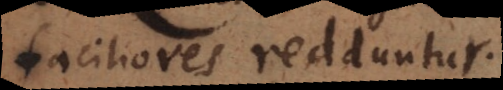
faciliores redduntur.